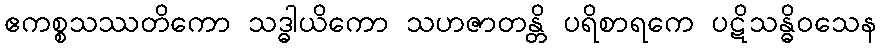
ဧကစ္စသဿတိကော သဒ္ဓါယိကော သဟဇာတန္တိ ပရိစာရကေ ပဋိသန္ဓိဝသေန